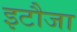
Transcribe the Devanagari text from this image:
इटौजा